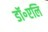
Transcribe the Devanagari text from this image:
डॉ॰एलि